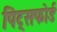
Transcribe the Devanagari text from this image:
पिट्सफोर्ड